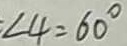
\angle 4 = 6 0 ^ { \circ }